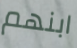
ابنهم